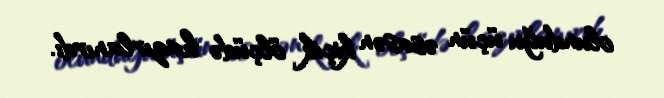
olunduğu üçün əsasən kiçik ölçüdə hazırlanırdı.